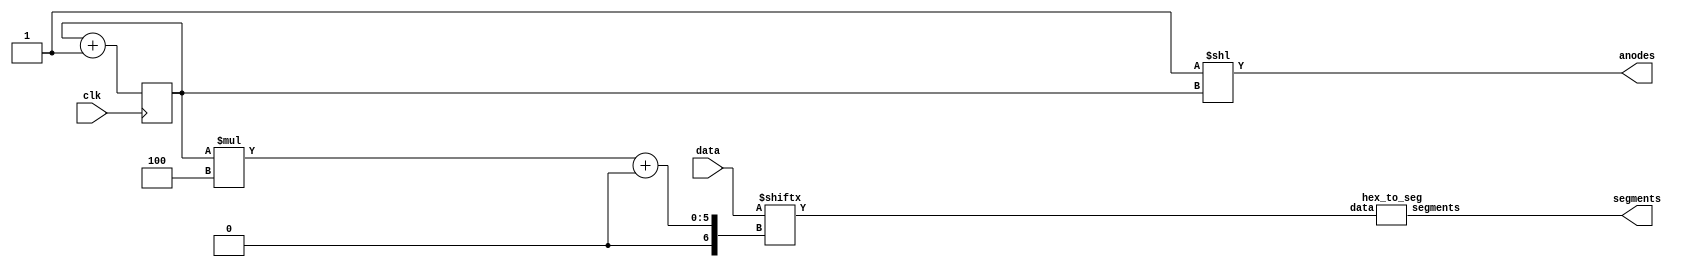
module hex_display(
    input clk,
    input [15:0]data,

    output [3:0]anodes,
    output [6:0]segments
);

reg [1:0]i = 0;

assign anodes = (4'b1 << i);

always @(posedge clk) begin
    i <= i + 2'b1;
end

wire [3:0]b = data[i * 4 +: 4];

hex_to_seg hex_to_seg(.data(b), .segments(segments));

endmodule

module hex_to_seg(
    input [3:0]data,

    output reg [6:0]segments
);

always @(*) begin
    case (data)
        4'h0: segments = 7'b1111110;
        4'h1: segments = 7'b0110000;
        4'h2: segments = 7'b1101101;
        4'h3: segments = 7'b1111001;
        4'h4: segments = 7'b0110011;
        4'h5: segments = 7'b1011011;
        4'h6: segments = 7'b1011111;
        4'h7: segments = 7'b1110000;
        4'h8: segments = 7'b1111111;
        4'h9: segments = 7'b1111011;
        4'hA: segments = 7'b1110111;
        4'hB: segments = 7'b0011111;
        4'hC: segments = 7'b1001110;
        4'hD: segments = 7'b0111101;
        4'hE: segments = 7'b1101111;
        4'hF: segments = 7'b1000111;
    endcase
end

endmodule